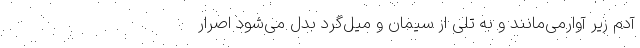
آدم زیر آوارمی‌مانند و به تلی از سیمان و میل‌گرد بدل می‌شود اصرار